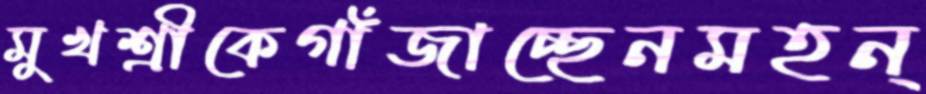
মুখশ্রীকেগাঁজাচ্ছেনমহন্